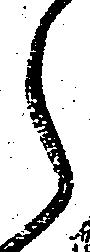
之